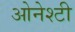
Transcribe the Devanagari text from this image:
ओनेश्टी